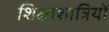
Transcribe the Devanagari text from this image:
शिक्षाशात्रियों